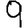
Digit: 9